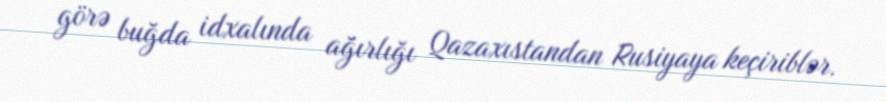
görə buğda idxalında ağırlığı Qazaxıstandan Rusiyaya keçiriblər.